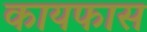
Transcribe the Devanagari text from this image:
कायफास